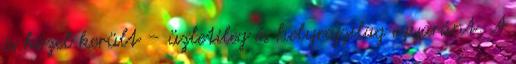
is közel került – üzletileg és helyrajzilag egyaránt. A